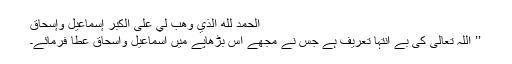
اَلْحَمْدُ لِلهِ الَّذِي وَهَبَ لِي عَلَى الْكِبَرِ إِسْمَاعِيلَ وَإِسْحَاقَ
’’ اللہ تعالیٰ کی بے انتہا تعریف ہے جس نے مجھے اس بڑھاپے میں اسماعیل واسحاق عطا فرمائے۔